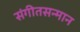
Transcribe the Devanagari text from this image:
संगीतसन्मान